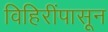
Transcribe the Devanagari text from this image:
विहिरींपासून